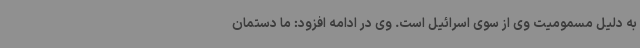
به دلیل مسمومیت وی از سوی اسرائیل است. وی در ادامه افزود: ما دستمان